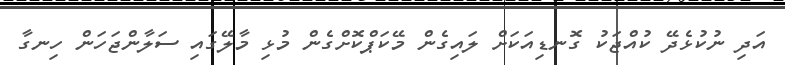
އަދި ނުކުޅެދޭ ކުއްޖަކު ގޮނޑިއަކަށް ލައިގެން މޭކަޕްކޮށްގެން މުޅި މާލޭގައި ސަލާންޖަހަން ހިނގާ